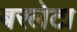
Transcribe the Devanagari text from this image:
बरलेटा